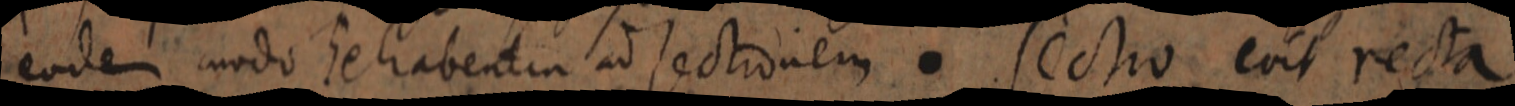
eodem modo se habentia ad sectionem Sectio erit recta